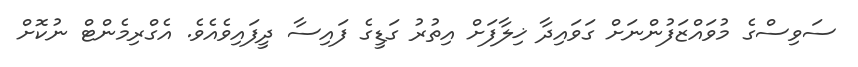
ސަވިސްގެ މުވައްޒަފުންނަށް ގަވައިދާ ޚިލާފަށް އިތުރު ގަޑީގެ ފައިސާ ދީފައިވެއެވެ. އެގްރިމެންޓް ނުކޮށް